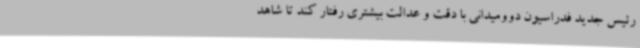
رئیس جدید فدراسیون دوومیدانی با دقت و عدالت بیشتری رفتار کند تا شاهد